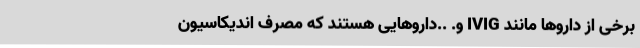
برخی از داروها مانند IVIG و. ..داروهایی هستند که مصرف اندیکاسیون